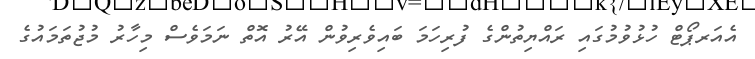
އެއަރޕޯޓް ހުޅުވުމުގައި ރައްޔިތުންގެ ފުރިހަމަ ބައިވެރިވުން އޭރު އޮތް ނަމަވެސް މިހާރު މުޖުތަމައުގެ